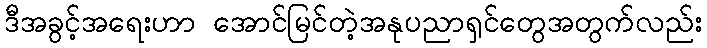
ဒီအခွင့်အရေးဟာ အောင်မြင်တဲ့အနုပညာရှင်တွေအတွက်လည်း